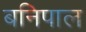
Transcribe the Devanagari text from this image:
बनिपाल